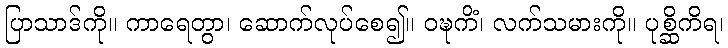
ပြာသာဒ်ကို။ ကာရေတွာ၊ ဆောက်လုပ်စေ၍။ ဝဍ္ဎကိံ၊ လက်သမားကို။ ပုစ္ဆိကိရ၊